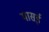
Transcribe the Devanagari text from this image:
मासई